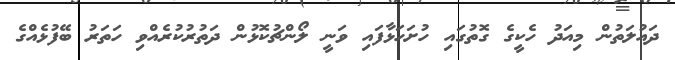
ދައުލަތުން މިއަދު ހެކީގެ ގޮތުގައި ހުށަހަޅާފައި ވަނީ ލޯންޗުކޮޅުން ދަތުރުކުރެއްވި ހަތަރު ބޭފުޅެއްގެ